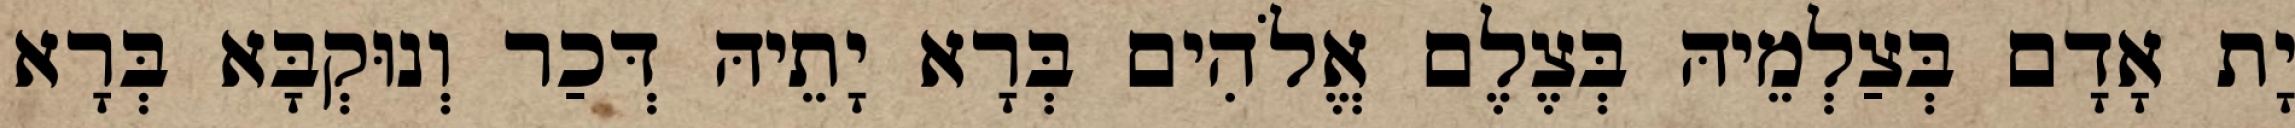
יָת אָדָם בְּצַלְמֵיהּ בְּצֶלֶם אֱלֹהִים בְּרָא יָתֵיהּ דְּכַר וְנוּקְבָּא בְּרָא